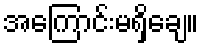
အကြောင်းမရှိချေ။